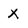
Character: X